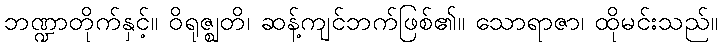
ဘဏ္ဍာတိုက်နှင့်။ ဝိရုဇ္ဈတိ၊ ဆန့်ကျင်ဘက်ဖြစ်၏။ သောရာဇာ၊ ထိုမင်းသည်။